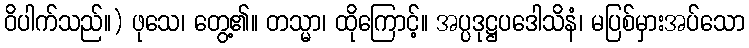
ဝိပါက်သည်။) ဖုသေ၊ တွေ့၏။ တသ္မာ၊ ထိုကြောင့်။ အပ္ပဒုဋ္ဌပဒေါသိနံ၊ မပြစ်မှားအပ်သော